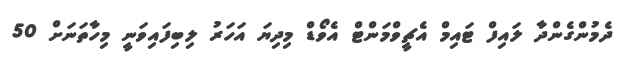
ދެމުންގެންދާ ލައިފް ޓައިމް އެޗީވްމަންޓް އެވޯޑް މިދިޔަ އަހަރު ލިބިފައިވަނީ މިހާތަނަށް 50